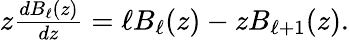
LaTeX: \begin{array}{r}{z\frac{dB_{\ell}(z)}{dz}=\ell B_{\ell}(z)-zB_{\ell+1}(z).}\end{array}